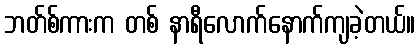
ဘတ်စ်ကားက တစ် နာရီလောက်နောက်ကျခဲ့တယ်။